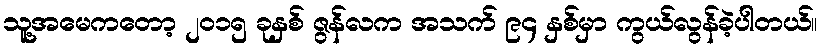
သူ့အမေကတော့ ၂ဝ၁၅ ခုနှစ် ဇွန်လက အသက် ၉၄ နှစ်မှာ ကွယ်လွန်ခဲ့ပါတယ်။